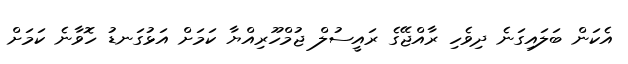
އެކަން ބަލައިގަނެ ދިވެހި ރާއްޖޭގެ ރައީސުލް ޖުމްހޫރިއްޔާ ކަމަށް އަޅުގަނޑު ހޮވާނެ ކަމަށް